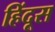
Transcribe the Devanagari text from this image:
हिंदूस